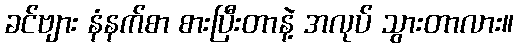
ခင်ဗျား နံနက်စာ စားပြီးတာနဲ့ အလုပ် သွားတာလား။